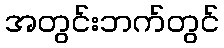
အတွင်းဘက်တွင်